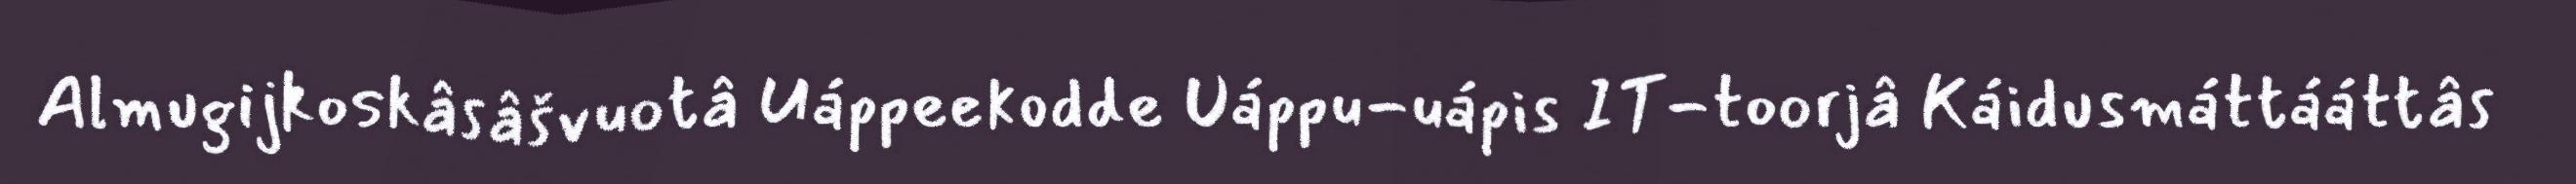
Almugijkoskâsâšvuotâ Uáppeekodde Uáppu-uápis IT-toorjâ Káidusmáttááttâs